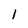
Character: 1